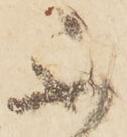
不